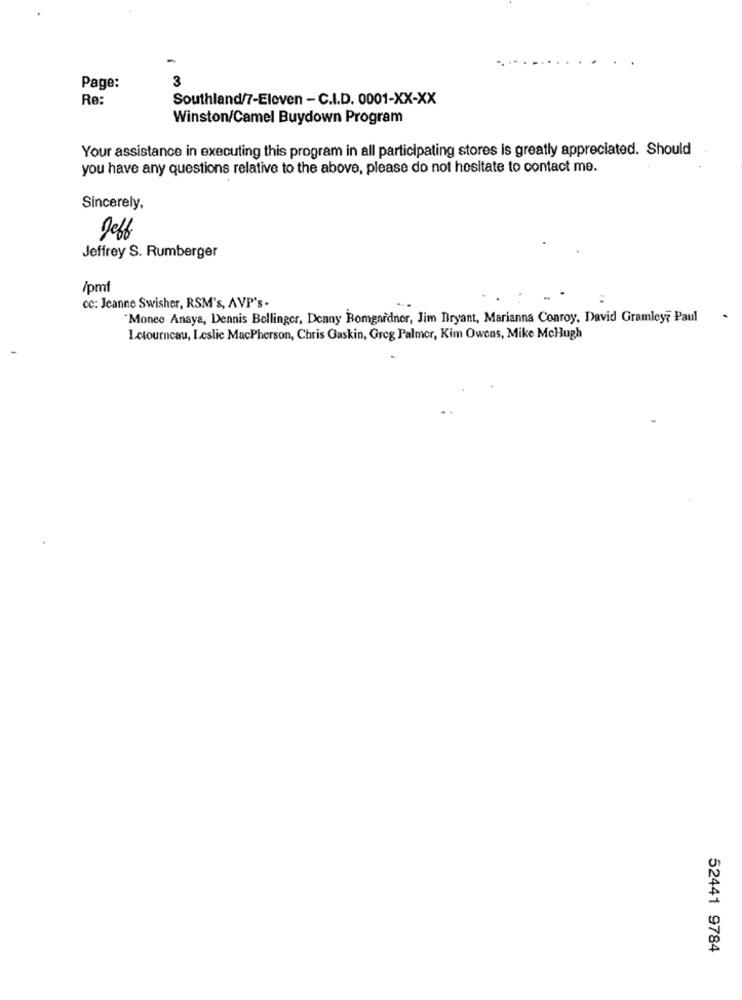
-
3
Page:
Re:
Southland/7-Eleven - C.I.D. 0001-XX-XX
Winston/Camel Buydown Program
Your assistance in executing this program in all participating stores is greatly appreciated. Should
you have any questions relative to the above, please do not hesitate to contact me.
Sincerely,
Jeffrey S. Rumberger
/pmf
cc: Jeanne Swisher, RSM's, AVP's -
"Monee Anaya, Dennis Bellinger, Denny Bomgardner, Jim Bryant, Marianna Conroy, David Gramley? Paul
Letourneau, Leslie MacPherson, Chris Gaskin, Greg Palmer, Kim Owens, Mike McHugh
52441 9784